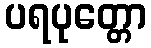
ပရပုတ္တော